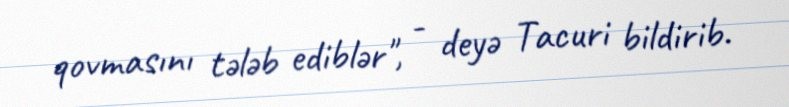
qovmasını tələb ediblər", - deyə Tacuri bildirib.